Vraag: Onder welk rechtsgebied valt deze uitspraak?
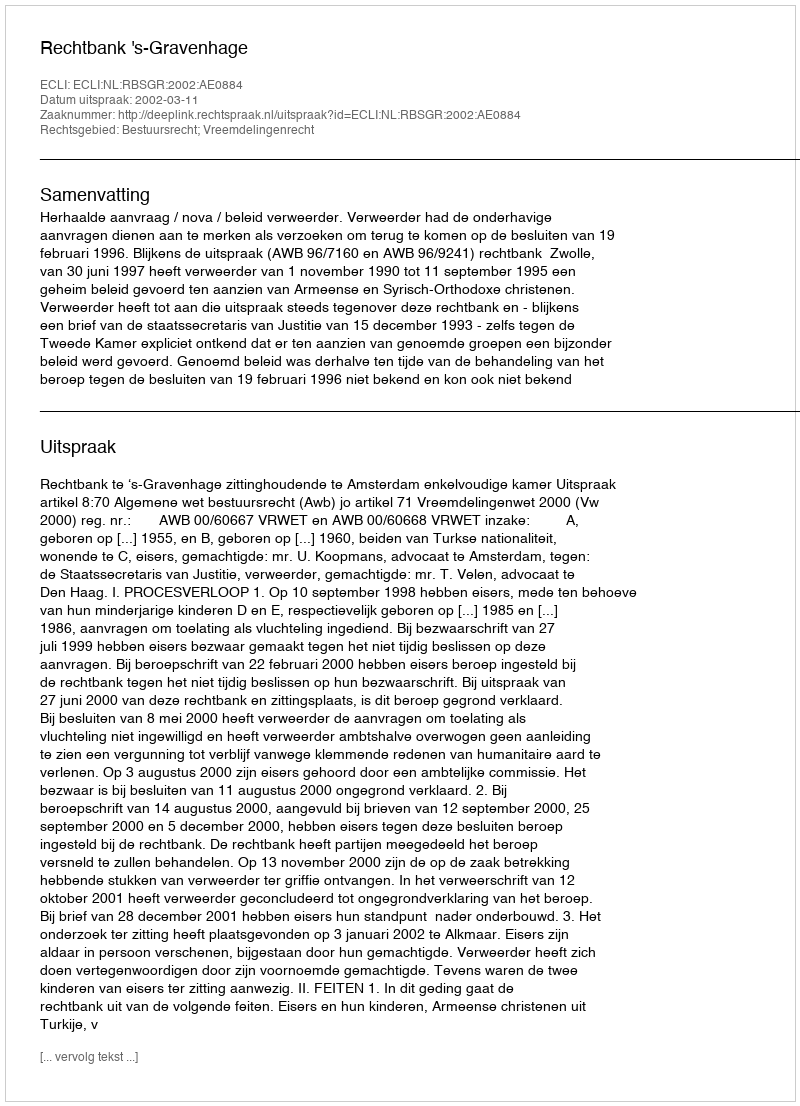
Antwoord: Bestuursrecht; Vreemdelingenrecht